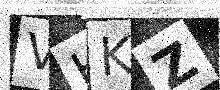
Text: VHKZ